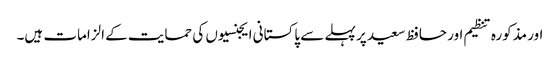
اور مذکورہ تنظیم اور حافظ سعید پر پہلے سے پاکستانی ایجنسیوں کی حمایت کے الزامات ہیں۔